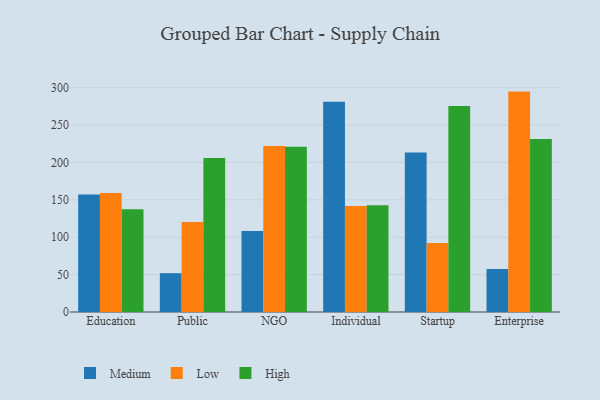
{"axis": {"x": "Segment", "y": "Bounce Rate (%)"}, "legend": ["High", "Low", "Medium"], "data": [{"x": "Education", "y": 157.1, "type": "Medium"}, {"x": "Education", "y": 159.3, "type": "Low"}, {"x": "Education", "y": 137.3, "type": "High"}, {"x": "Public", "y": 51.9, "type": "Medium"}, {"x": "Public", "y": 120.4, "type": "Low"}, {"x": "Public", "y": 205.9, "type": "High"}, {"x": "NGO", "y": 108.5, "type": "Medium"}, {"x": "NGO", "y": 222.1, "type": "Low"}, {"x": "NGO", "y": 221.1, "type": "High"}, {"x": "Individual", "y": 281.1, "type": "Medium"}, {"x": "Individual", "y": 141.7, "type": "Low"}, {"x": "Individual", "y": 142.9, "type": "High"}, {"x": "Startup", "y": 213.4, "type": "Medium"}, {"x": "Startup", "y": 92.3, "type": "Low"}, {"x": "Startup", "y": 275.6, "type": "High"}, {"x": "Enterprise", "y": 57.4, "type": "Medium"}, {"x": "Enterprise", "y": 294.8, "type": "Low"}, {"x": "Enterprise", "y": 231.5, "type": "High"}]}